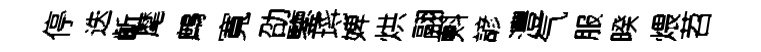
停迭齗麾鷓寬劭鑒埓婢烘翮㪺諺灃气服暌煨苕